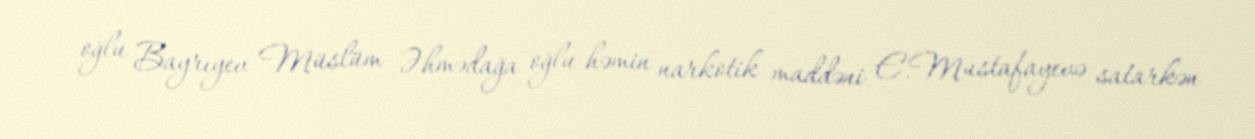
oğlu Bayrıyev Müslüm Əhmədağa oğlu həmin narkotik maddəni E.Mustafayevə satarkən